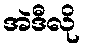
အဲဒီလို